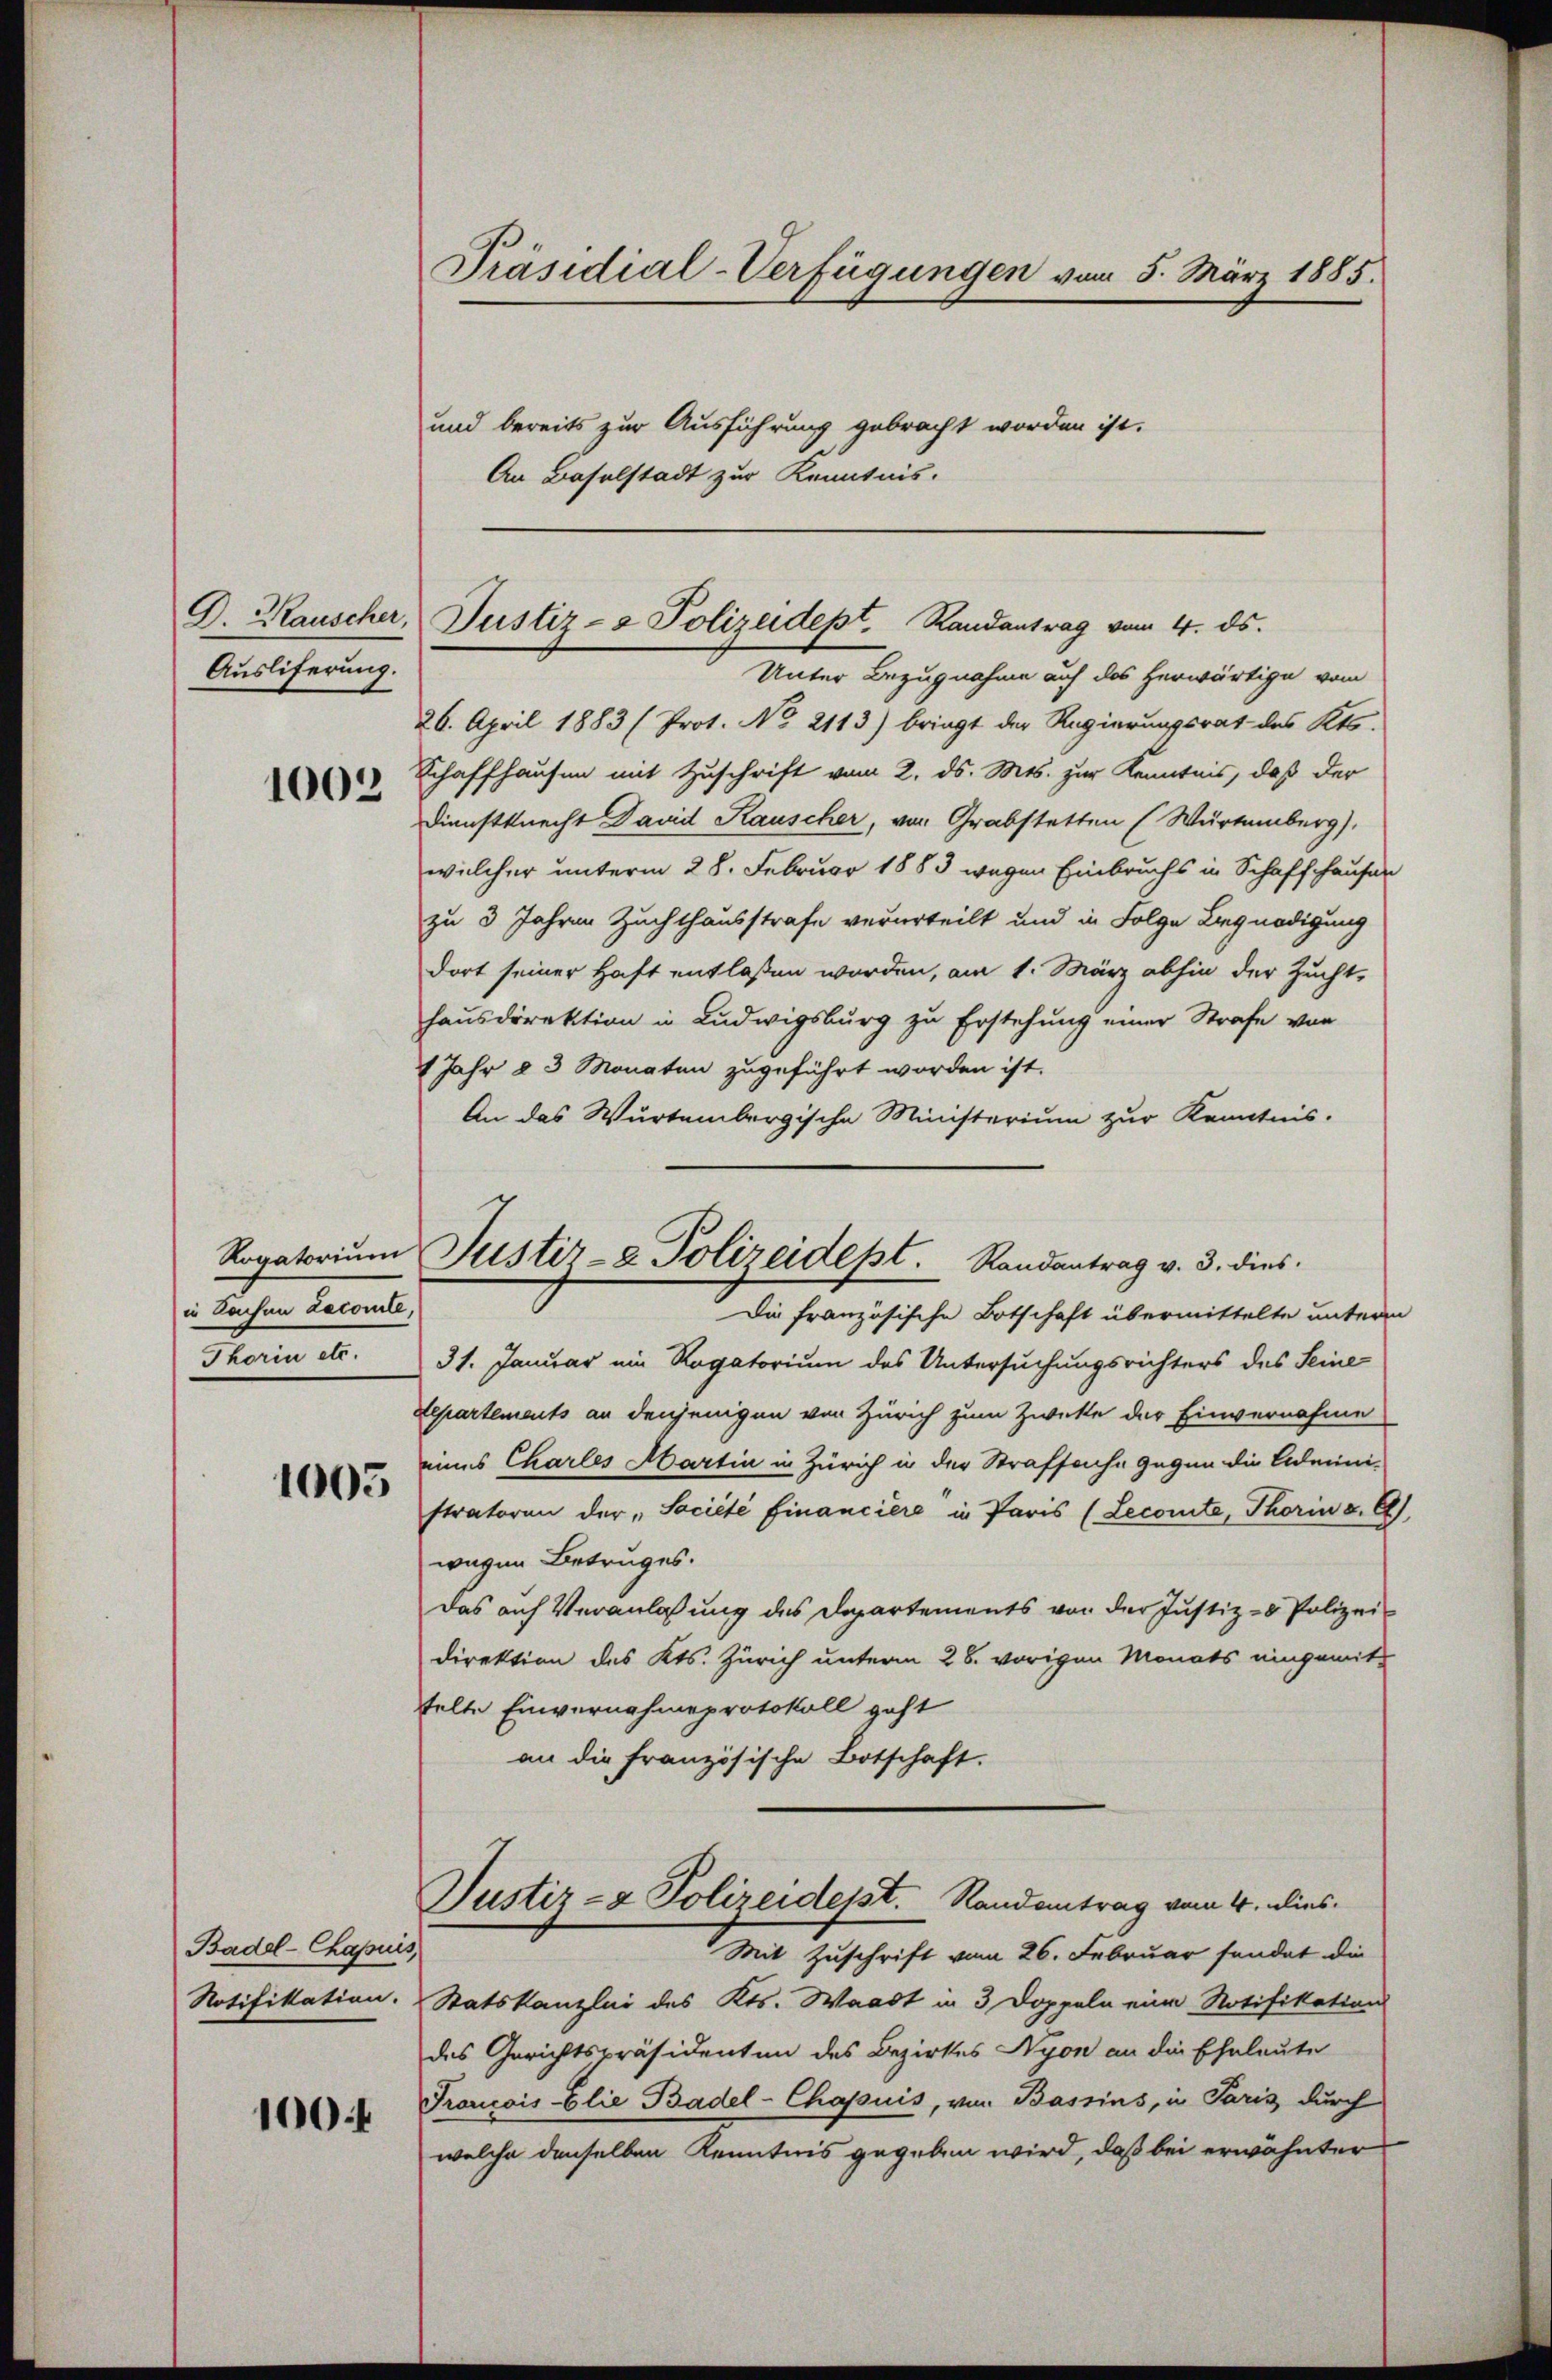
D. Kauscher
Ausliferung.
1003

Rogatorium
in Sachen Lecomite,
Thorin etc.

1005

Basel-Chapuis
Notifikation.

100f

Präsidial-Verfügungen vom 5. März 1885.

und bereits zur Ausführung gebracht worden ist.
An Baselstadt zur Kenntnis.

Justiz- & Polizeidept. Randantrag vom 4. ds.

Justiz- & Polizeidept. Randantrag v. 3. dies

Unter Bezugnahme auf das herwärtige vom
26. April 1883 (Prot. No 2113) bringt der Regierungsrat des Kts.
Schaffhausen mit Zuschrift vom 2. ds. Mts. zur Kenntnis, daß der
Dienstknecht David Kauscher, von Grabstetten (Würtemberg),
welcher unterm 28. Februar 1883 wegen Einbruchs in Schaffhausen
zu 3 Jahren Zuchthausstrafe verurteilt und in Folge Begnadigung
dort seiner Haft entlassen worden, am 1. März abhin der Zucht,
hausdirektion in Ludwigsburg zu Erstehung einer Strafe von
1 Jahr § 3 Monaten zugeführt worden ist.
An das Würtembergische Ministerium zur Kenntnis-
Die französische Botschaft übermittelte unterm
31. Januar ein Rogatorium des Untersuchungsrichters des Seine
Separtements an denjenigen von Zürich zum Zwette der Einvernahme
eines Charles Martin in Zürich in der Strafsache gegen die Admini-
stratoren der Société financiere in Paris (Lecomite, Thorin v. E
wegen Betruges.
Das auf Veranlassung des Departements von der Justiz- & Polizei-
direktion des Kts. Zürich unterm 28. vorigen Monats eingemittelte Einvernahmeprotokoll geht
an die französische Botschaft.
Justiz- & Polizeidest.   Randantrag vom 4. dies
Mit Zuschrift vom 26. Februar sendet die
Statskanzlei des Kts. Waadt in 3 Doppeln eine Notifikation
des Gerichtspräsidenten des Bezirkes Nyon an die Eheleute
Proncois-Elie Basel-Chajsuis, von Bassins, in Paris durch
welche denselben Kenntnis gegeben wird, daß bei erwähnter